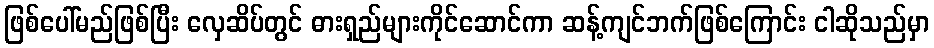
ဖြစ်ပေါ်မည်ဖြစ်ပြီး လှေဆိပ်တွင် ဓားရှည်များကိုင်ဆောင်ကာ ဆန့်ကျင်ဘက်ဖြစ်ကြောင်း ငါဆိုသည်မှာ